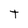
Character: t